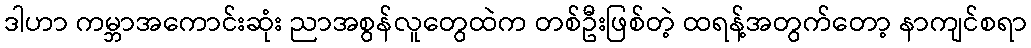
ဒါဟာ ကမ္ဘာအကောင်းဆုံး ညာအစွန်လူတွေထဲက တစ်ဦးဖြစ်တဲ့ ထရန့်အတွက်တော့ နာကျင်စရာ